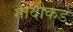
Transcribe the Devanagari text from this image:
गोदीकडे